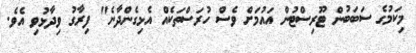
މިކަމުގެ ސަބަބުން ޓޫރިސްޓުން އައުމަށް ވެސް ހުރަސްތަކެއް އެޅިގެންދާނެ" ފިރާގު ވިދާޅުވި އެވެ.